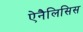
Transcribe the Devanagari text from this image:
ऐनैलिसिस